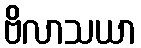
ဗိလာသယာ